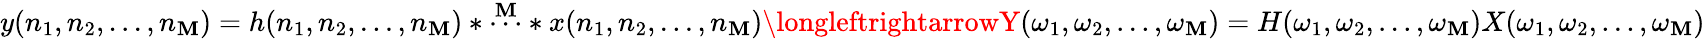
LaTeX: y(n_{1},n_{2},...,n_{\mathbf{M}})=h(n_{1},n_{2},...,n_{\mathbf{M}})*{\overset{\mathbf{M}}{\cdots}}*x(n_{1},n_{2},...,n_{\mathbf{M}})\longleftrightarrowY(\omega_{1},\omega_{2},...,\omega_{\mathbf{M}})=H(\omega_{1},\omega_{2},...,\omega_{\mathbf{M}})X(\omega_{1},\omega_{2},...,\omega_{\mathbf{M}})